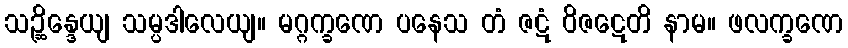
သဉ္ဆိန္ဒေယျ သမ္ပဒါလေယျ။ မဂ္ဂက္ခဏေ ပနေသ တံ ဇဋံ ဝိဇဋေတိ နာမ။ ဖလက္ခဏေ